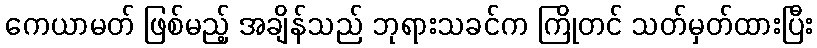
ကေယာမတ် ဖြစ်မည့် အချိန်သည် ဘုရားသခင်က ကြိုတင် သတ်မှတ်ထားပြီး